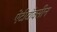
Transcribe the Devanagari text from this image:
ऐंटीटॉक्सीन